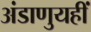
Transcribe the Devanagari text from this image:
अंडाणुयहीं